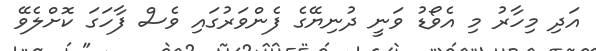
އަދި މިހާރު މި އެވޯޑު ވަނީ ދުނިޔޭގެ ފެންވަރުގައި ވެސް ފާހަގަ ކޮށްލެވޭ